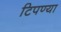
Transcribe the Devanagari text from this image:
टिपण्या